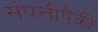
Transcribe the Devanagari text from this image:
संपत्तीपैकी